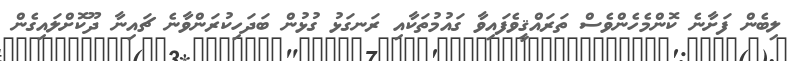
ލިބެން ފަށާނެ ކޮންމެހެންވެސް ތަރައްޤީވެފައިވާ ގައުމުތަކާއި ރަނގަޅު ގުޅުން ބަދަހިކުރަންވާނެ ޗައިނާ ދޫކޮށްލައިގެން